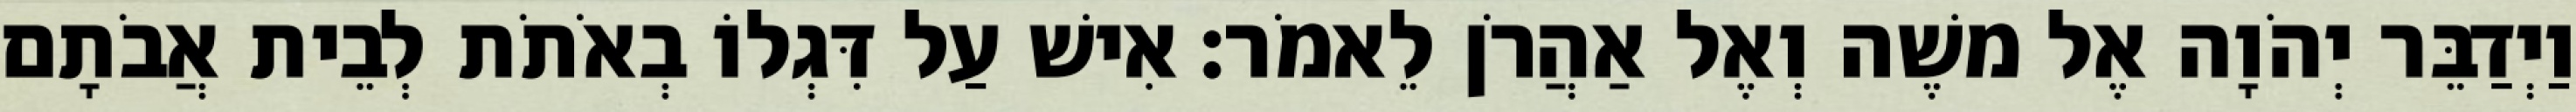
וַיְדַבֵּר יְהֹוָה אֶל משֶׁה וְאֶל אַהֲרֹן לֵאמֹר׃ אִישׁ עַל דִּגְלוֹ בְאֹתֹת לְבֵית אֲבֹתָם